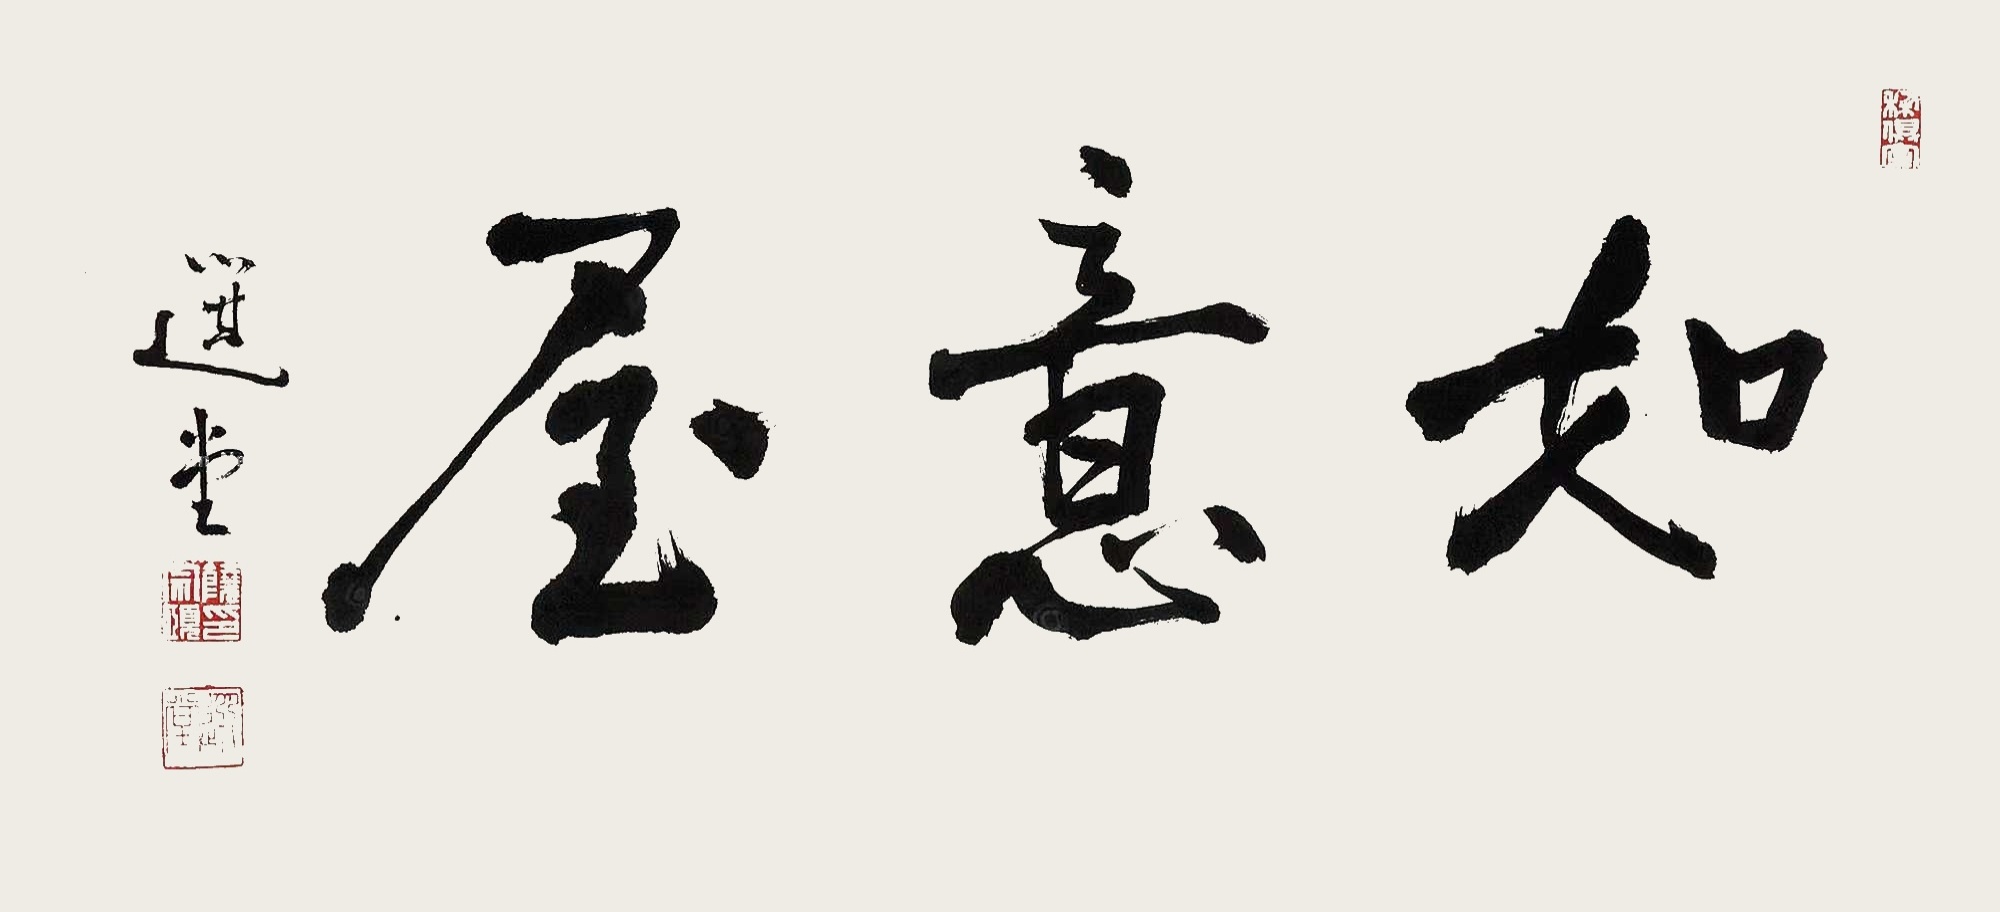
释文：如意屋。选堂。